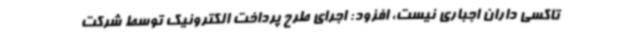
تاکسی داران اجباری نیست، افزود: اجرای طرح پرداخت الکترونیک توسط شرکت